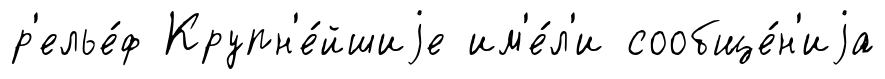
р'елье́ф Крупн'е́йшиjе им'е́л'и сообще́н'иjа